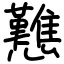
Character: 戁